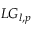
L G _ { l , p }